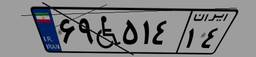
۶۹W۵۱۴۱۴